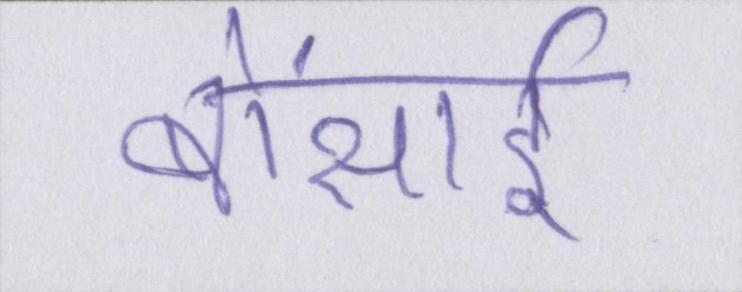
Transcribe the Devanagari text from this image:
बोंसाई